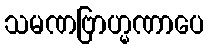
သမဏဗြာဟ္မဏာပေ